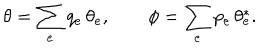
\theta = \sum _ { e } q _ { e } \, \theta _ { e } , \qquad \phi = \sum _ { e } p _ { e } \, \theta _ { e } ^ { * } .